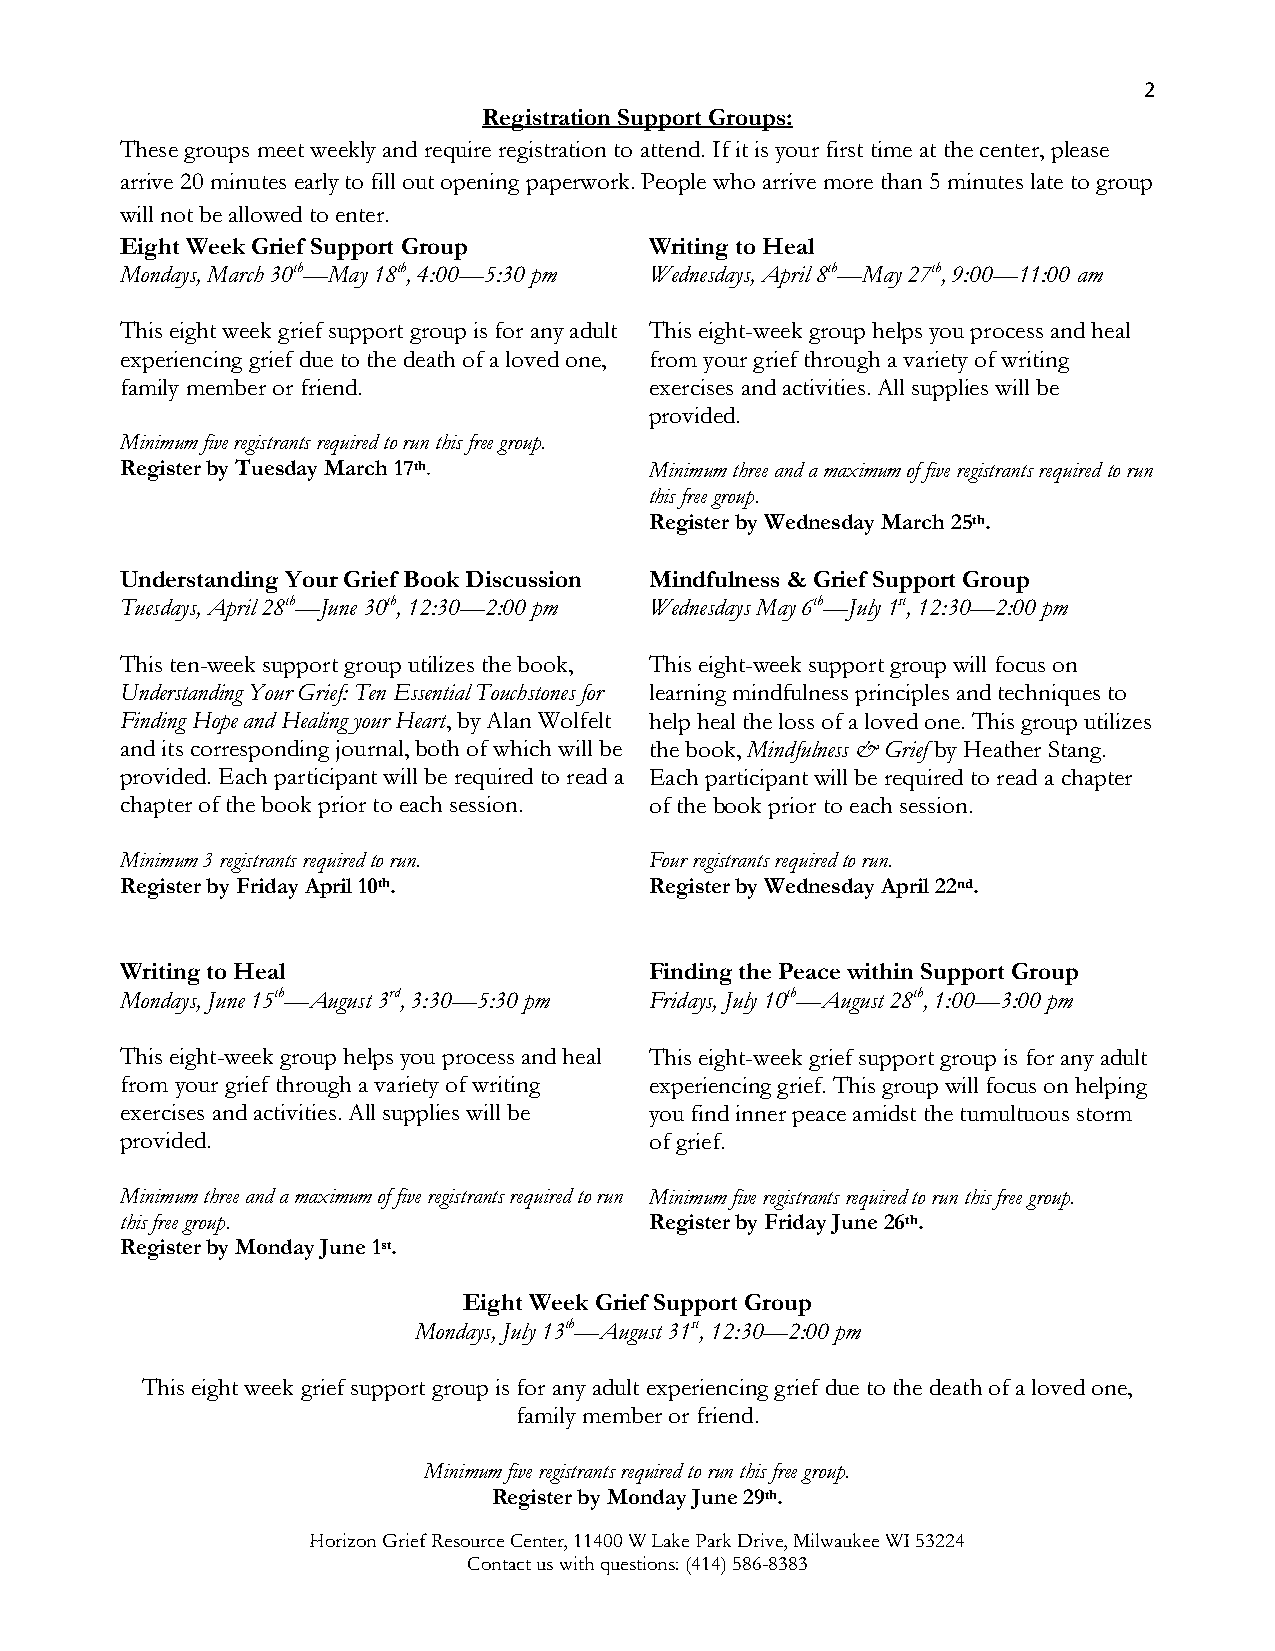
2
 Registration Support Groups:
 These groups meet weekly and require registration to attend. If it is your first time at the center, please
 arrive 20 minutes early to fill out opening paperwork. People who arrive more than 5 minutes late to group
 will not be allowed to enter.
 Eight Week Grief Support Group     Writing to Heal
 Mondays, March 30th—May 18th, 4:00—5:30 pm Wednesdays, April 8th—May 27th, 9:00—11:00 am
 This eight week grief support group is for any adult This eight-week group helps you process and heal
 experiencing grief due to the death of a loved one, from your grief through a variety of writing
 family member or friend.           exercises and activities. All supplies will be
 provided.
 Minimum five registrants required to run this free group.
 Register by Tuesday March 17th.    Minimum three and a maximum of five registrants required to run
 this free group.
 Register by Wednesday March 25th.
 Understanding Your Grief Book Discussion Mindfulness & Grief Support Group
 Tuesdays, April 28th—June 30th, 12:30—2:00 pm Wednesdays May 6th—July 1st, 12:30—2:00 pm
 This ten-week support group utilizes the book, This eight-week support group will focus on
 Understanding Your Grief: Ten Essential Touchstones for learning mindfulness principles and techniques to
 Finding Hope and Healing your Heart, by Alan Wolfelt help heal the loss of a loved one. This group utilizes
 and its corresponding journal, both of which will be the book, Mindfulness & Grief by Heather Stang.
 provided. Each participant will be required to read a Each participant will be required to read a chapter
 chapter of the book prior to each session. of the book prior to each session.
 Minimum 3 registrants required to run. Four registrants required to run.
 Register by Friday April 10th.     Register by Wednesday April 22nd.
 Writing to Heal                    Finding the Peace within Support Group
 Mondays, June 15th—August 3rd, 3:30—5:30 pm Fridays, July 10th—August 28th, 1:00—3:00 pm
 This eight-week group helps you process and heal This eight-week grief support group is for any adult
 from your grief through a variety of writing experiencing grief. This group will focus on helping
 exercises and activities. All supplies will be you find inner peace amidst the tumultuous storm
 provided.                          of grief.
 Minimum three and a maximum of five registrants required to run Minimum five registrants required to run this free group.
 this free group.                   Register by Friday June 26th.
 Register by Monday June 1st.
 Eight Week Grief Support Group
 Mondays, July 13th—August 31st, 12:30—2:00 pm
 This eight week grief support group is for any adult experiencing grief due to the death of a loved one,
 family member or friend.
 Minimum five registrants required to run this free group.
 Register by Monday June 29th.
 Horizon Grief Resource Center, 11400 W Lake Park Drive, Milwaukee WI 53224
 Contact us with questions: (414) 586-8383